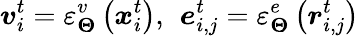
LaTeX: \boldsymbol{v}_{i}^{t}=\varepsilon_{\boldsymbol{\Theta}}^{v}\left(\boldsymbol{x}_{i}^{t}\right),\, \ \boldsymbol{e}_{i,j}^{t}=\varepsilon_{\boldsymbol{\Theta}}^{e}\left(\boldsymbol{r}_{i,j}^{t}\right)